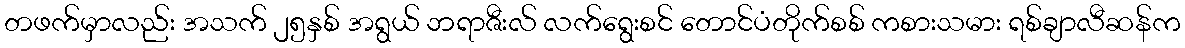
တဖက်မှာလည်း အသက် ၂၅နှစ် အရွယ် ဘရာဇီးလ် လက်ရွေးစင် တောင်ပံတိုက်စစ် ကစားသမား ရစ်ချာလီဆန်က